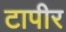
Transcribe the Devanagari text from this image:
टापीर